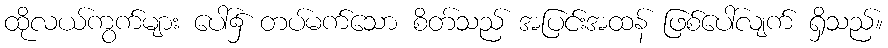
ထိုလယ်ကွက်များ ပေါ်၌ တပ်မက်သော စိတ်သည် အပြင်းအထန် ဖြစ်ပေါ်လျက် ရှိသည်။